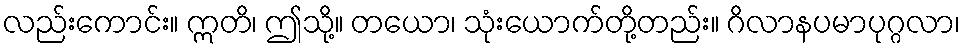
လည်းကောင်း။ ဣတိ၊ ဤသို့။ တယော၊ သုံးယောက်တို့တည်း။ ဂိလာနပမာပုဂ္ဂလာ၊